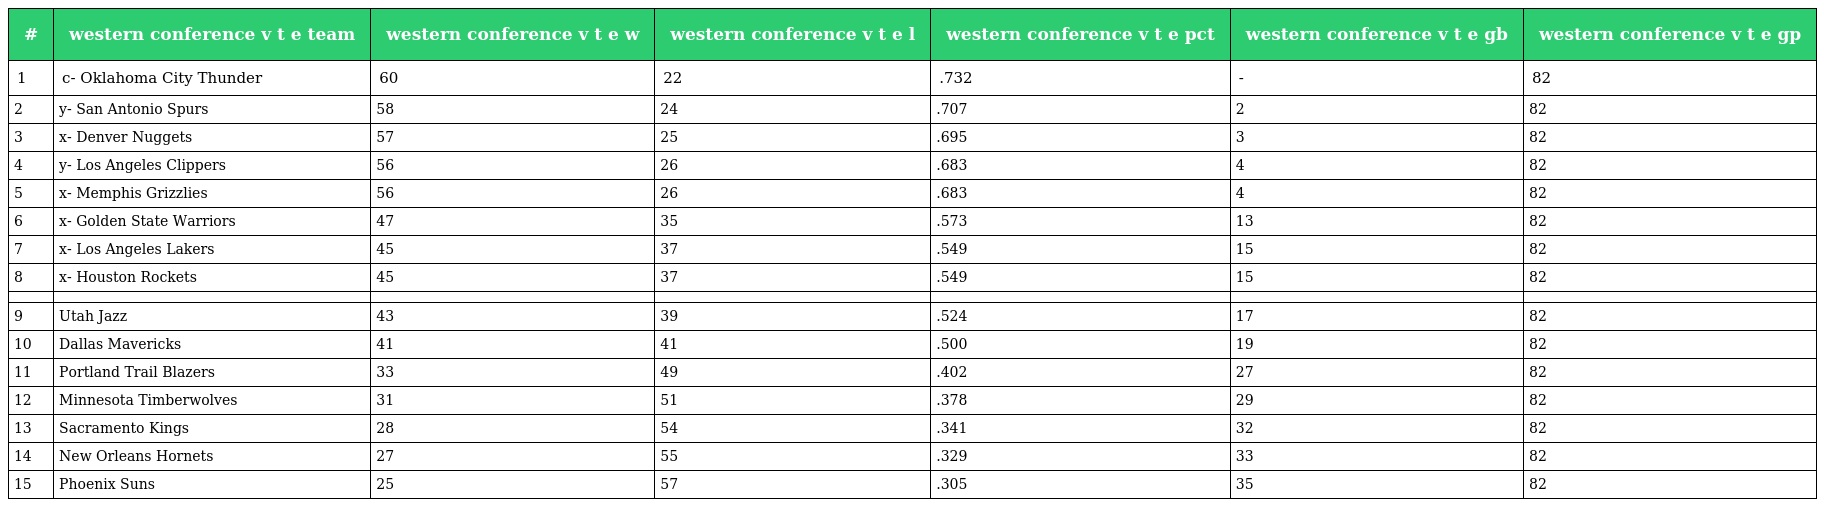
| # | western conference v t e team | western conference v t e w | western conference v t e l | western conference v t e pct | western conference v t e gb | western conference v t e gp |
 | --- | --- | --- | --- | --- | --- | --- |
 | 1 | c- Oklahoma City Thunder | 60 | 22 | .732 | - | 82 |
 | 2 | y- San Antonio Spurs | 58 | 24 | .707 | 2 | 82 |
 | 3 | x- Denver Nuggets | 57 | 25 | .695 | 3 | 82 |
 | 4 | y- Los Angeles Clippers | 56 | 26 | .683 | 4 | 82 |
 | 5 | x- Memphis Grizzlies | 56 | 26 | .683 | 4 | 82 |
 | 6 | x- Golden State Warriors | 47 | 35 | .573 | 13 | 82 |
 | 7 | x- Los Angeles Lakers | 45 | 37 | .549 | 15 | 82 |
 | 8 | x- Houston Rockets | 45 | 37 | .549 | 15 | 82 |
 |  |  |  |  |  |  |  |
 | 9 | Utah Jazz | 43 | 39 | .524 | 17 | 82 |
 | 10 | Dallas Mavericks | 41 | 41 | .500 | 19 | 82 |
 | 11 | Portland Trail Blazers | 33 | 49 | .402 | 27 | 82 |
 | 12 | Minnesota Timberwolves | 31 | 51 | .378 | 29 | 82 |
 | 13 | Sacramento Kings | 28 | 54 | .341 | 32 | 82 |
 | 14 | New Orleans Hornets | 27 | 55 | .329 | 33 | 82 |
 | 15 | Phoenix Suns | 25 | 57 | .305 | 35 | 82 |